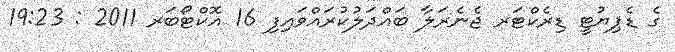
ގެ ޑެޕިޔުޓީ ޑިރެކްޓަރ ޖެނެރަލާ ބައްދަލުކުރައްވައިފި 16 އޮކްޓޯބަރ 2011 : 19:23